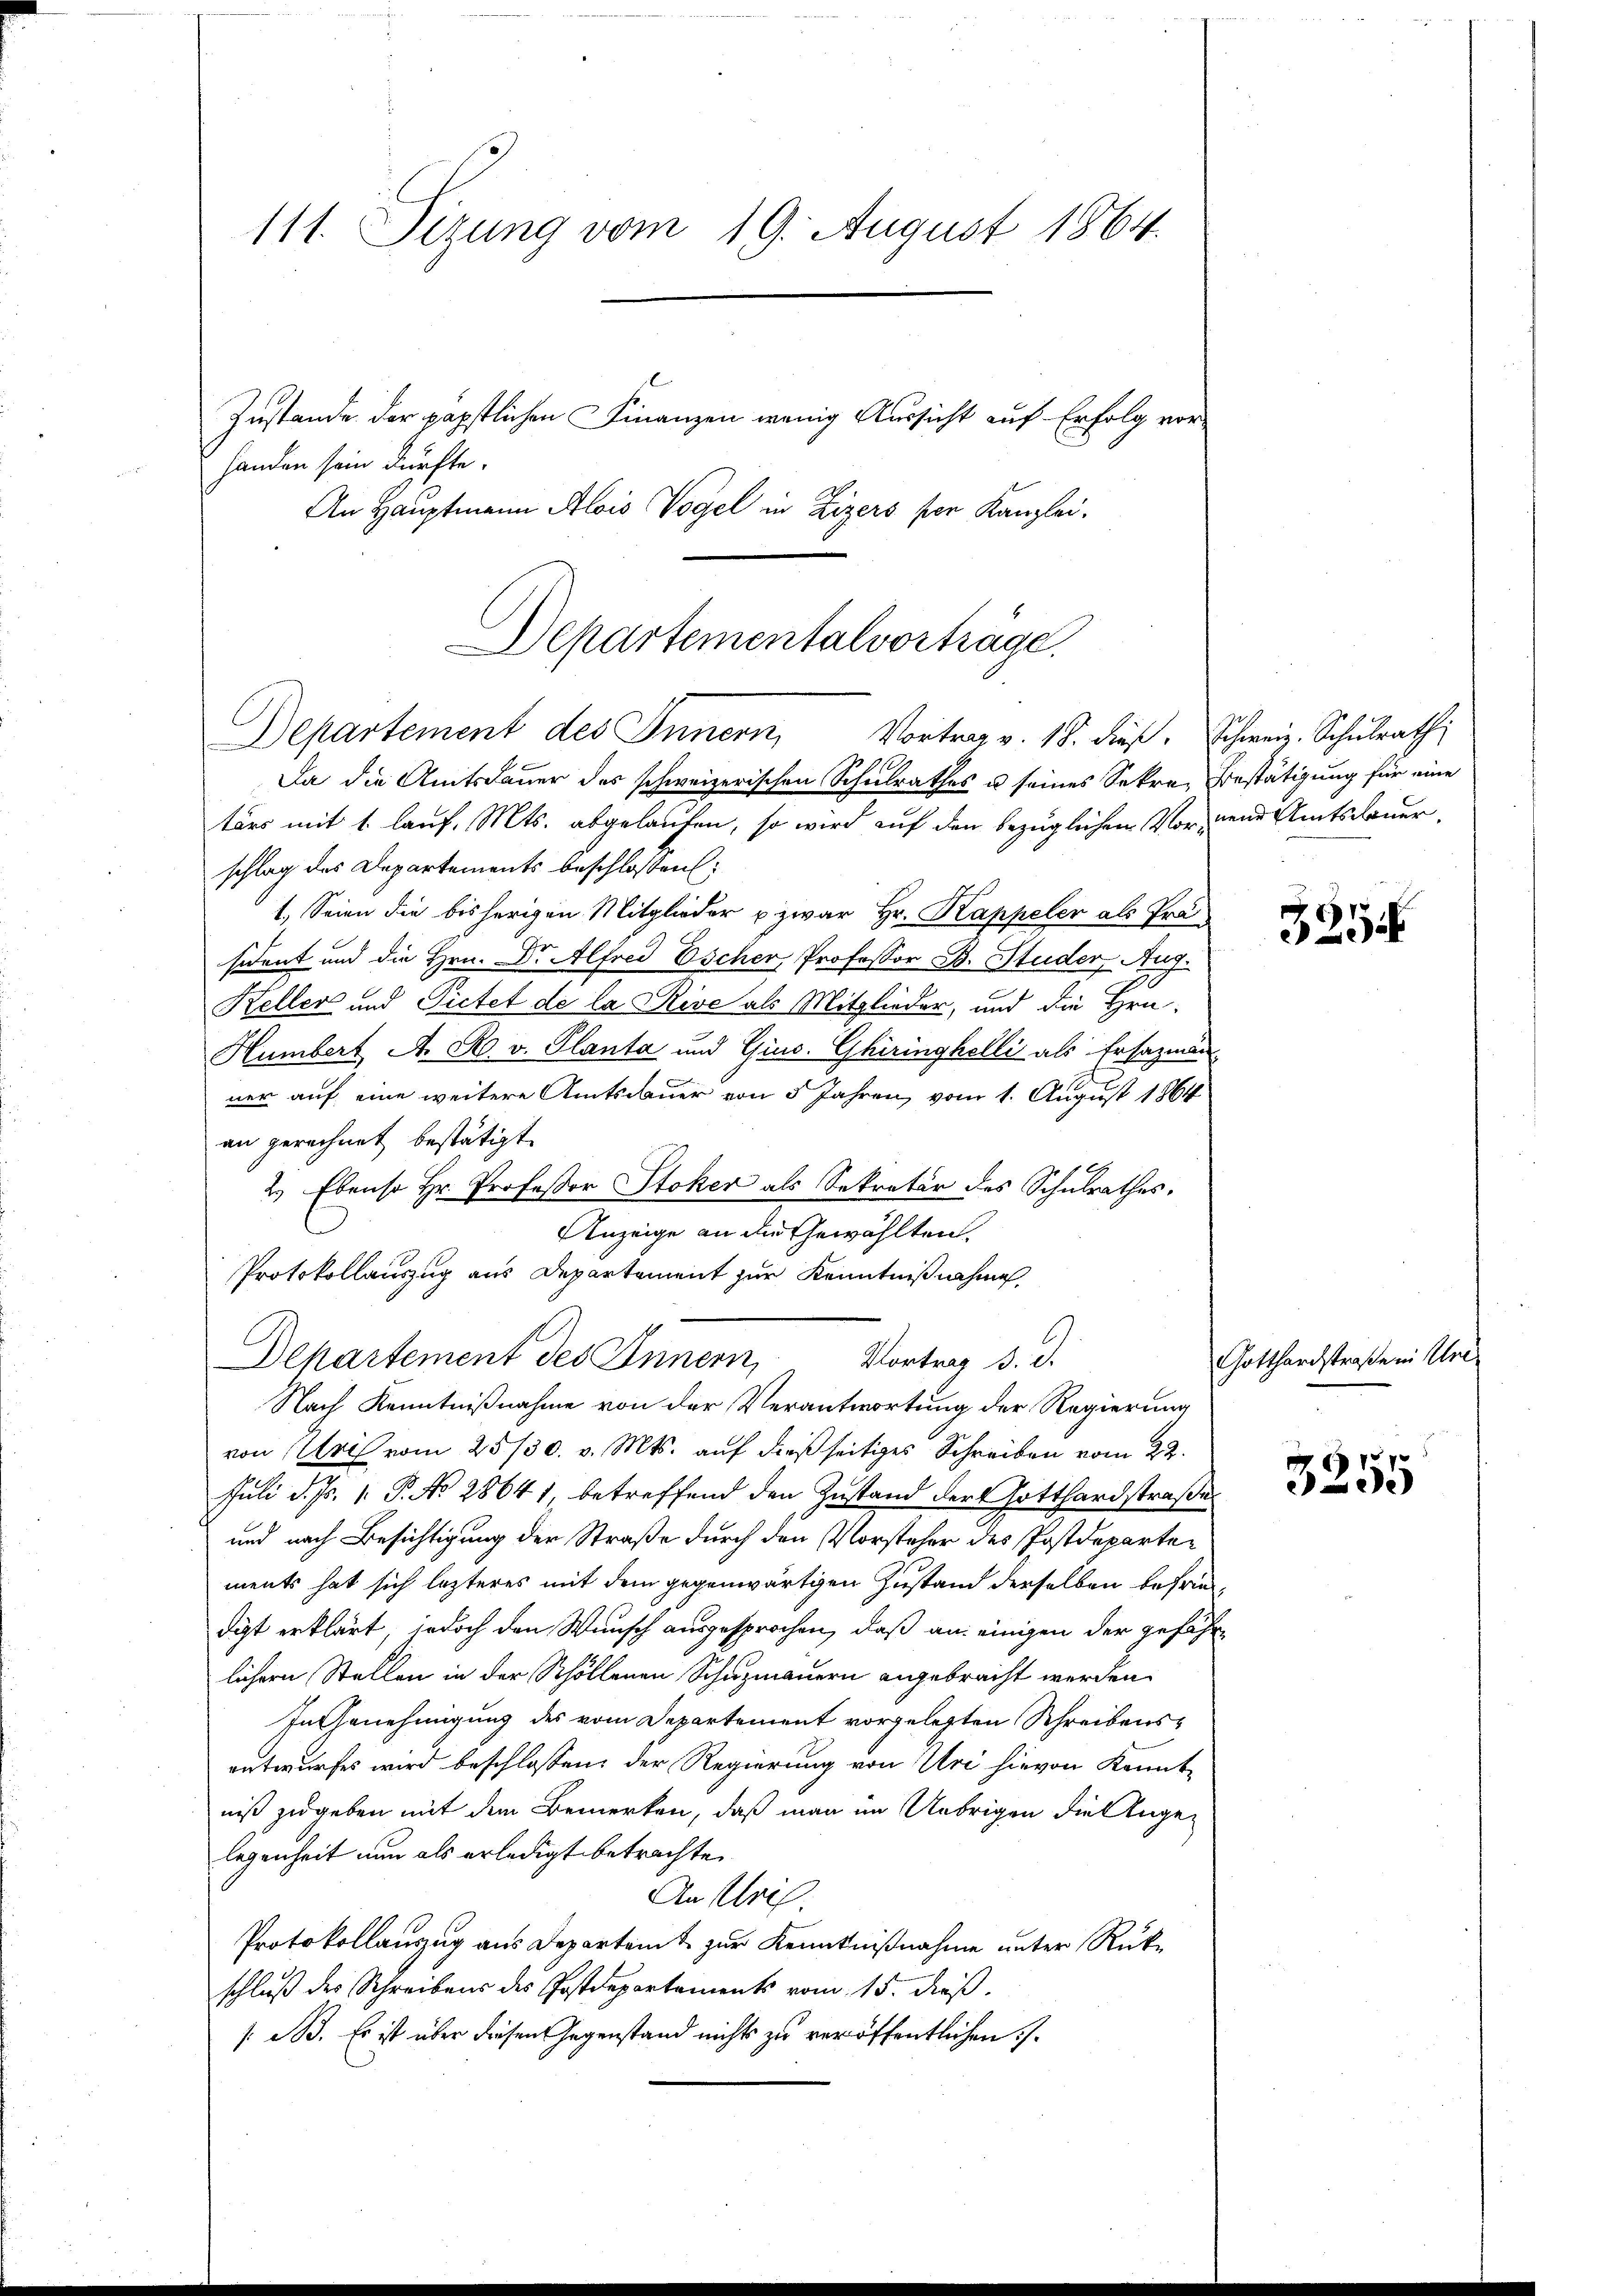
111. Sizung vom 19. August 1864.
Zustande der päpstlichen Finanzen wenig Aussicht auf Erfolg vorhanden sein dürfte.

An Hauptmann Alois Vogel in Zizers per Kanzlei.

Departementalvorträge.
Departement des Innern, Vortrag v. 18. dieß. Schweiz. Schulrath,

Da die Amtsdauer des schweizerischen Schulrathes u seines Sekre, Bestätigung für eine
tärs mit 1. lauf, Mts. abgelaufen, so wird auf den bezüglichen Vor- und Amtsdauer,
schlag des Departements beschlossen:
1. Seien die bisherigen Mitglieder u. zwar Hr. Kappeler als Prä
sident und die Hrn. Dr Alfred Escher Professor B. Studer, Aug.
Keller und Pietet de la Rive als Mitglieder, und die Hrn
Humbert A. R. v. Planta und Gins. Ghiringhelli als Ersazman
ner auf eine weitere Amtsdauer von 5 Jahren, vom 1. August 1864
an gerechnet bestätigt.
2.) Ebenso Hr. Professor Stoker als Sekretär des Schulrathes.
Anzeige an die Gewählten.
Protokollauszug aus Departement zur Kenntnißnahme
Departement des Innern,
Nach Kenntnißnahme von der Verantwortung der Regierung
von Uri vom 25/30. v. Mts. auf dießseitiges Schreiben vom 22.
Juli d. Js. 1. P. No 28641, betreffend den Zustand der Gotthardstraße
und nach Besichtigung der Straße durch den Vorsteher des Postdepartements hat sich lezteres mit dem gegenwärtigen Zustand derselben behaudigt erklärt, jedoch den Wunsch ausgesprochen, daß an einigen der gefährlichern Stellen in der Schöllenen Schuzmauern angebracht werden.
In Genehmigung des vom Departement vorgelegten Schreibensentwurfes wird beschlossen, der Regierung von Uri hievon Kenntniß zugeben mit dem Bemerken, daß man im Uebrigen die Angelegenheit nun als erledigt betrachte.
An Uri.
Protokollauszug aus Departamt zur Kenntnißnahme unter Rükschluß der Schreibens des Postdepartements vom 15. dieß.
s. B. Es ist über diesen Gegenstand nichts zu veröffentlichen.

6
Vortrag d. d.

3254

Gotthardstraße in Uhre

87
5